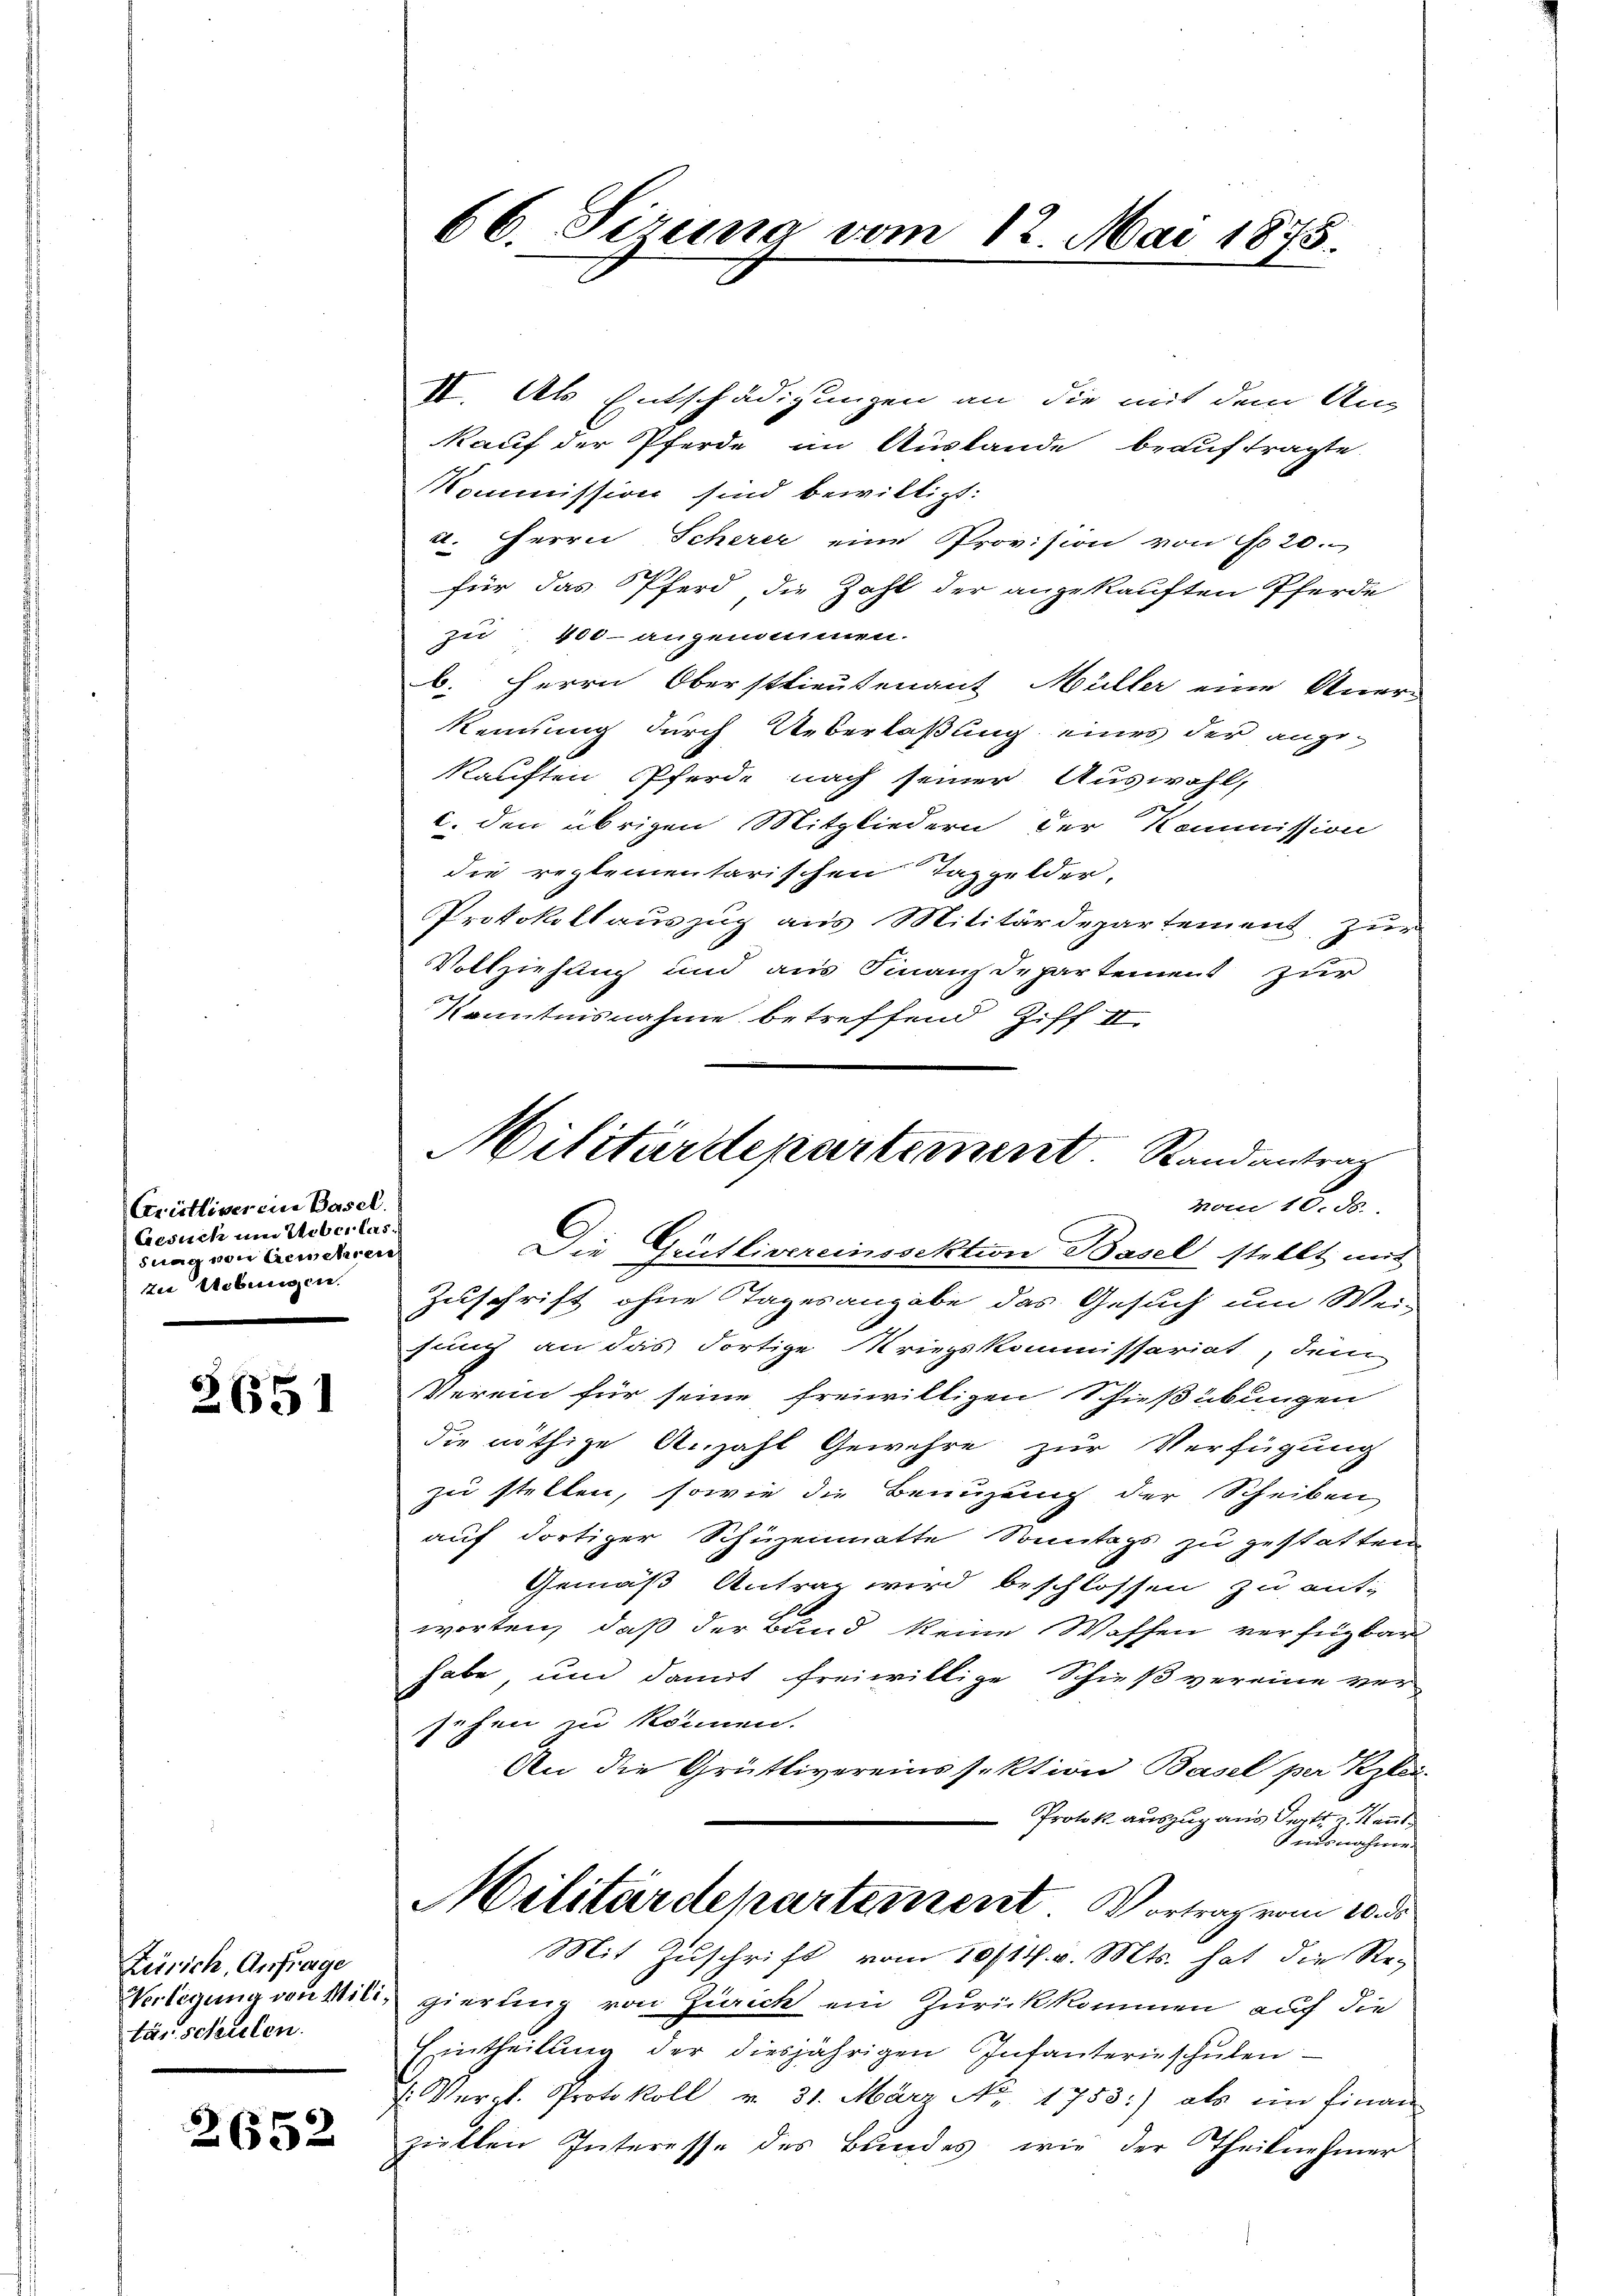
Cristliver ein Basel.
Gesuch um Ueberlassung von Leuschren
zu gebungen.

2651

Zürich, Anfrage
täuschulen.

2652

IV. Als Entschädigungen an die mit dem Aus
kauf der Pferde im Auslande beauftragte.
Kommission sind bewilligt:
u. Herrn Scherer eine Provision von No 20.
für das Pferd die Zahl der angekauften Pferde
zu 400 angenommen.
b. Herrn Oberstlieutenant Müller eine Anerkennung durch Überlaßung eines der angekauften Pferde nach seiner Auswahl,
c. den übrigen Mitgliedern der Kommission
die reglementarischen Taggelder,
Protokollauszug aus Militärdepartement, zur
Vollziehung und aus Finanzdepartement zur
Kenntnisnahme betreffend Ziff II.

66. Sizung vom 12. Mai 1875.

Militärdepartement. Rand antrag
vom 18. ds.

Die Grütlivereinssektion Basel stellt mit
Zuschrift ohne Tagesangabe das Gesuch um Wei-
sung an das dortige Kriegskommissariat, dem
Verein für seine freiwilligen Schießübungen
die nöthige Anzahl Gewehre zur Verfügung
zu stellen, sowie die Benuzung der Scheiben
auf dortiger Schüzenmatte Sonntags zu gestatten
Gemäß Antrag wird beschlossen zu ent-
worten, daß der Bund keine Waffen verfügbar
habe, um damit freiwillige Schieß vereine ver
sehen zu können.
An die Grütlivereinssektion Basel per Kerken
Protok. auszug aus Dort u. Kant
Ausnahme
Militärdepartement. Vortrag vom 10. ds.
Mit Zuschrift vom 10/14. v. Mts. hat die Re-
Verlegung von Miliz gierung von Zürich ein Zurückkommen auf die
Eintheilŭng der diesjährigen Infanterieschŭlen-
: Vergl. Protokoll v. 31. März Nr. 1753:) als ein Finan
ziellen Interesse des Bundes, wie der Theilnehmer